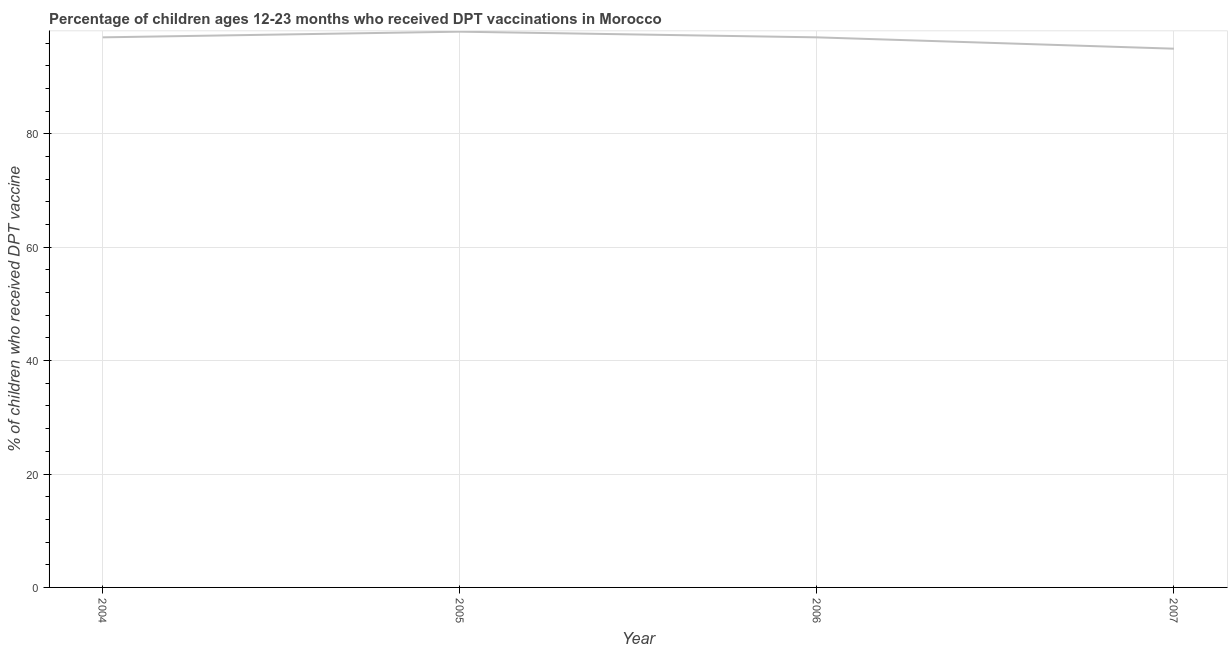
| Year | Immunization |
 | --- | --- |
 | 2004 | 97 |
 | 2005 | 98 |
 | 2006 | 97 |
 | 2007 | 95 |